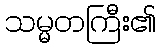
သမ္မတကြီး၏